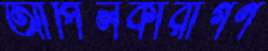
আপিলকারীগণ